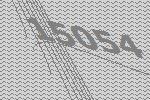
15054